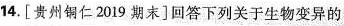
14.[贵州铜仁2019期末]回答下列关于生物变异的